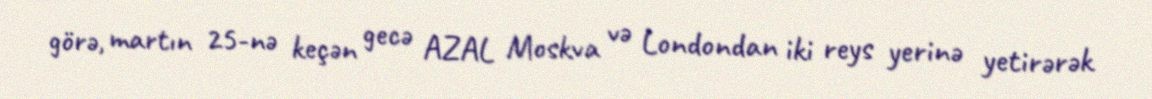
görə, martın 25-nə keçən gecə AZAL Moskva və Londondan iki reys yerinə yetirərək